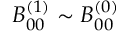
B _ { 0 0 } ^ { ( 1 ) } \sim B _ { 0 0 } ^ { ( 0 ) }